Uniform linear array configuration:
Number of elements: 24
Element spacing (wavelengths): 0.25
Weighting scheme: cosine
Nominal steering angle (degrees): -15
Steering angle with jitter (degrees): -14.875
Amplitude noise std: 0.05
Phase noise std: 0.05

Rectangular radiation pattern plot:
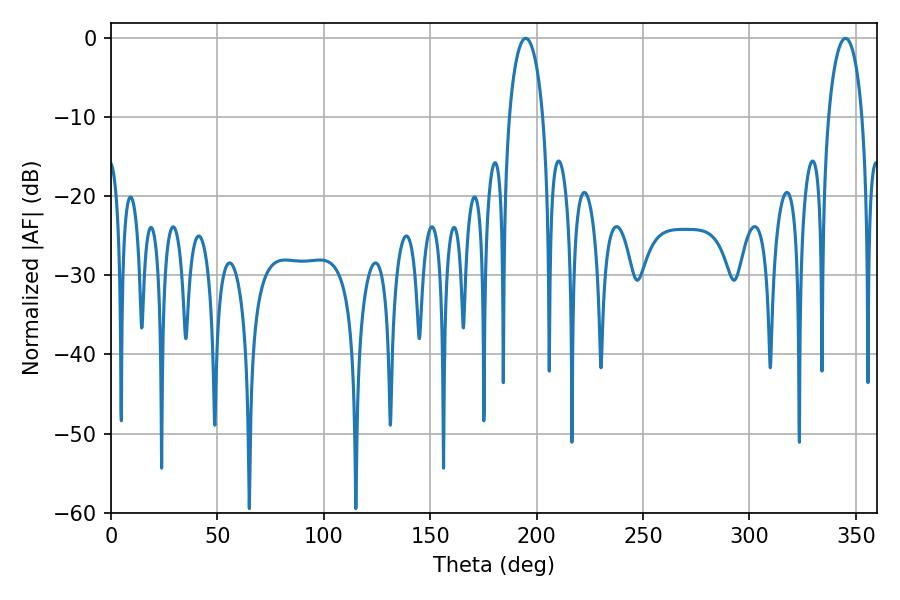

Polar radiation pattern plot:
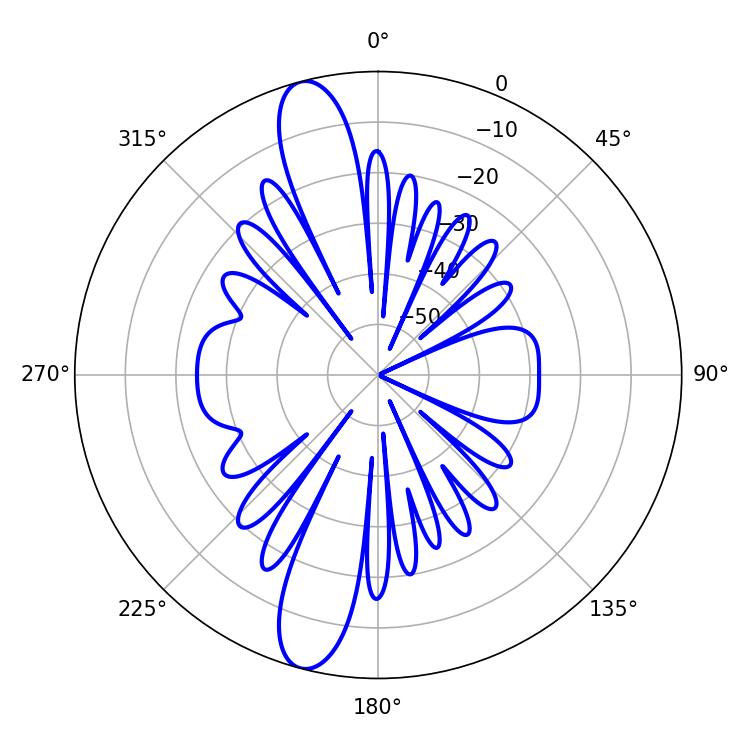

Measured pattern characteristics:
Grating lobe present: FALSE
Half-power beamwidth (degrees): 9
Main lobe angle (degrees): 194.94